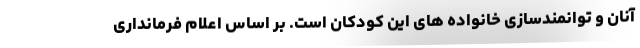
آنان و توانمندسازی خانواده های این کودکان است. بر اساس اعلام فرمانداری